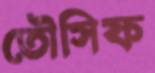
তৌসিফ